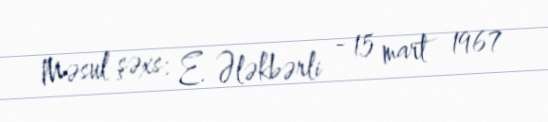
Məsul şəxs: E. Ələkbərli - 15 mart 1967